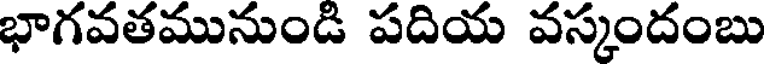
భాగవతమునుండి పదియ వస్కందంబు